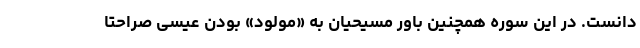
دانست. در این سوره همچنین باور مسیحیان به «مولود» بودن عیسی صراحتا